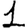
Digit: 1